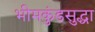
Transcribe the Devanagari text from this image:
भीमकुंडसुद्धा